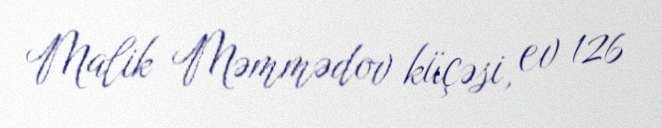
Malik Məmmədov küçəsi, ev 126